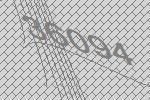
36094